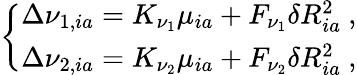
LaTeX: \begin{array}{r}{\left\{ \begin{array}{ll}{\Delta\nu_{1,ia}=K_{\nu_{1}}\mu_{ia}+F_{\nu_{1}}\delta R_{ia}^{2}\ ,}\\ {\Delta\nu_{2,ia}=K_{\nu_{2}}\mu_{ia}+F_{\nu_{2}}\delta R_{ia}^{2}\ ,}\end{array}\right.}\end{array}